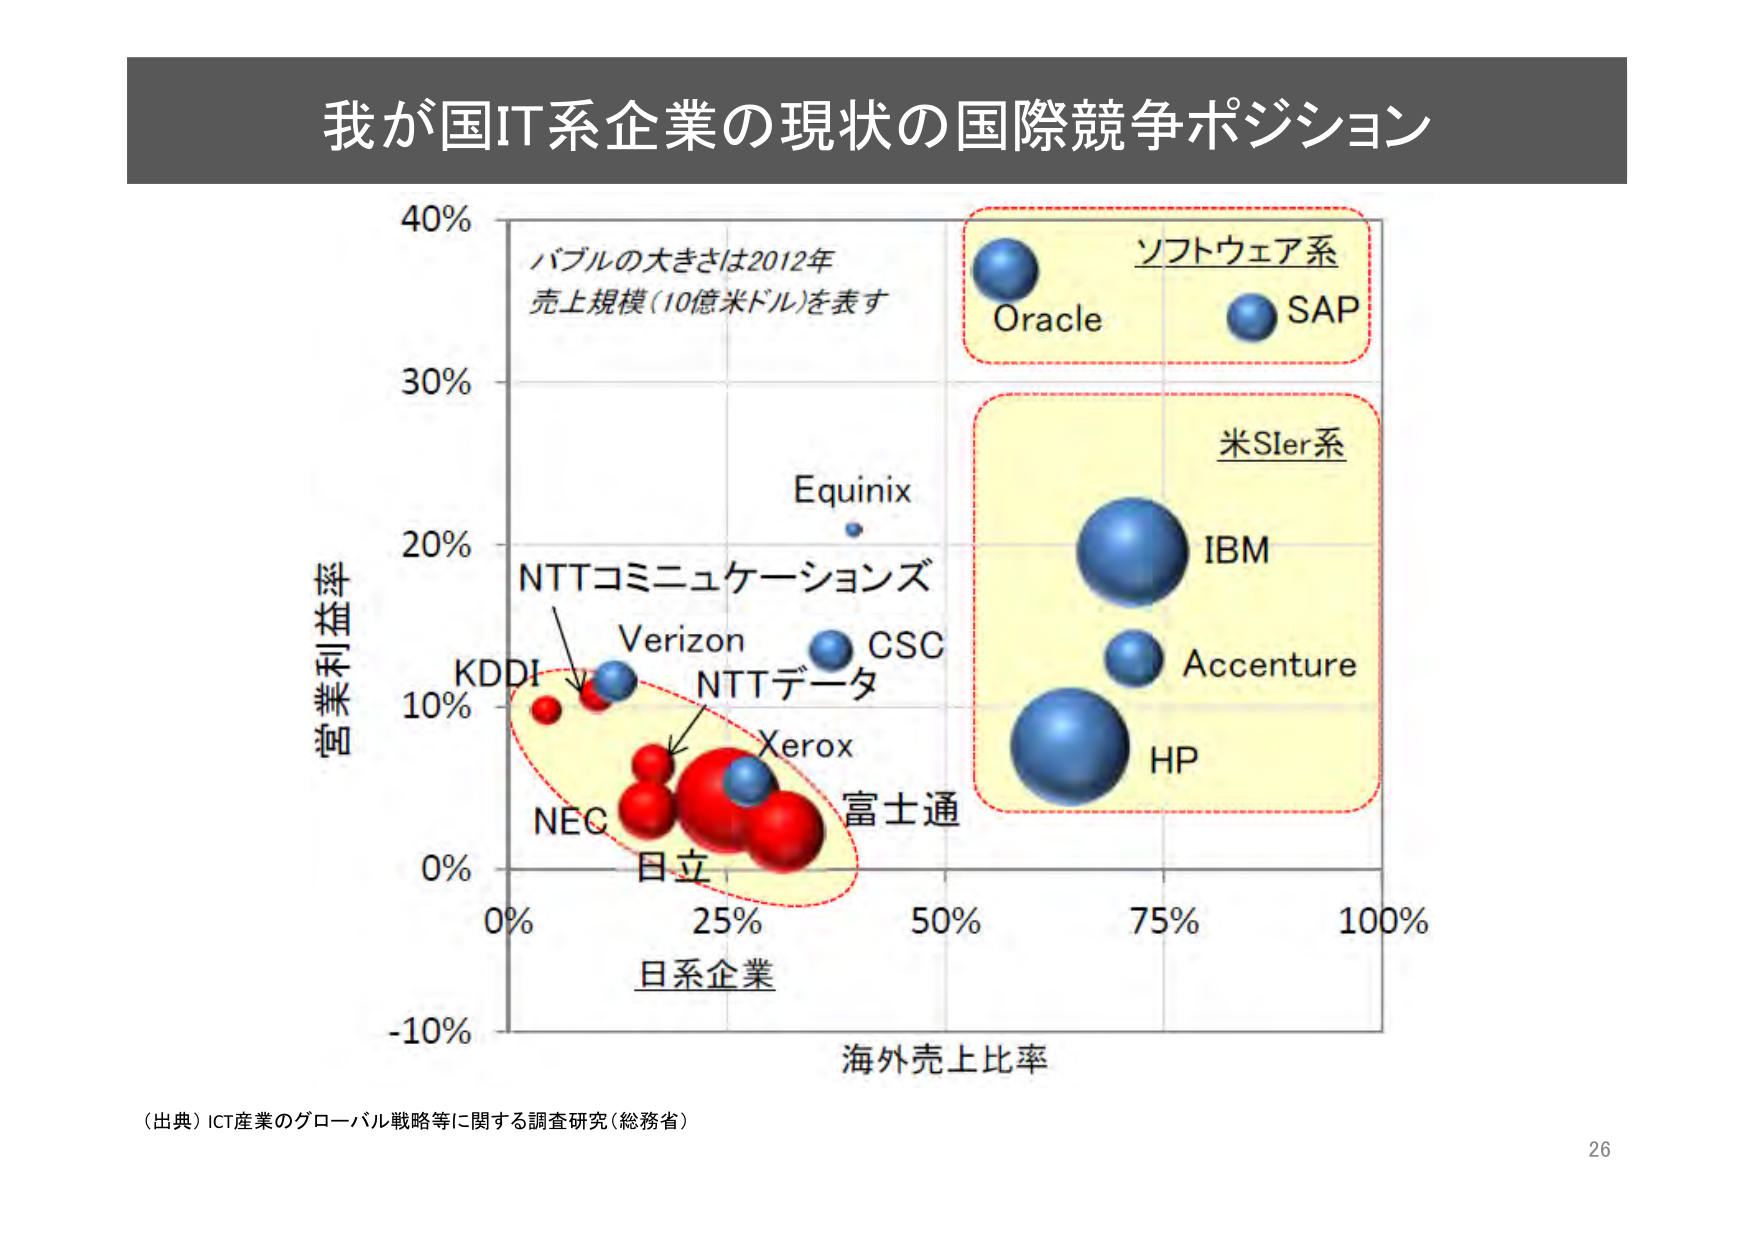
我が国IT系企業の現状の国際競争ポジション

40%
バブルの大きさは2012年
売上規模（10億米ドル）を表す

ソフトウェア系
Oracle
SAP

30%

20%
Equinix
NTTコミュニケーションズ
Verizon
CSC
NTTデータ
KDDI
Xerox
富士通

営業利益率

10%
NEC
日立

0%
0% 25% 50% 75% 100%
日系企業
海外売上比率

-10%

米SIer系
IBM
Accenture
HP

（出典）ICT産業のグローバル戦略等に関する調査研究（総務省）

26